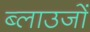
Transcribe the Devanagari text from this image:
ब्लाउजों